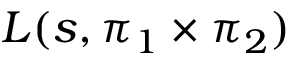
L ( s , \pi _ { 1 } \times \pi _ { 2 } )